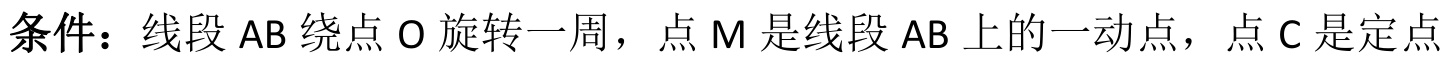
条件：线段 $\mathrm{AB}$ 绕点 $\mathrm{O}$ 旋转一周，点 $\mathrm{M}$ 是线段 $\mathrm{AB}$ 上的一动点，点 $\mathrm{C}$ 是定点